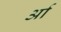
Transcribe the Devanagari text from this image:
र्आ